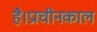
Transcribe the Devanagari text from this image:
है।प्राचीनकाल